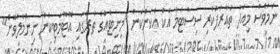
ނަމަވެސް މިއަދު ތައާރަފުކުރި ސިސްޓަމާ އެކު އެކަންކަން "މިނިޓެއްގެ ތެރޭގައި އޮޓޮމެޓިކުން ނިންމާލެވޭނެ"